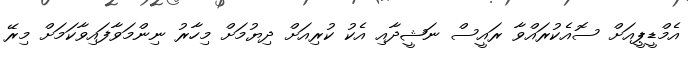
އެމްޑީޕީއަށް ސޮއެކުރައްވާ ރައީސް ނަޝީދާއި އެކު ކުރިއަށް ދިޔުމަށް މިހާރު ނިންމަވާފައިވާކަމަށް މިރޭ